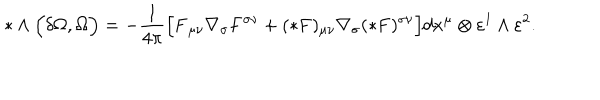
* \wedge \Bigl ( \delta \Omega , \Omega \Bigr ) = - \frac { 1 } { 4 \pi } \Bigl [ { \bf F } _ { \mu \nu } \nabla _ { \sigma } { \bf F } ^ { \sigma \nu } + ( * { \bf F } ) _ { \mu \nu } \nabla _ { \sigma } ( * { \bf F } ) ^ { \sigma \nu } \Bigr ] d x ^ { \mu } \otimes \varepsilon ^ { 1 } \wedge \varepsilon ^ { 2 } .